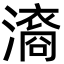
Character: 㵝